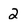
Character: 2